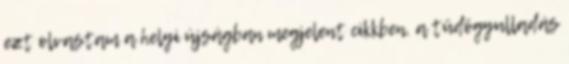
ezt olvastam a helyi újságban megjelent cikkben, a tüdõgyulladás